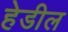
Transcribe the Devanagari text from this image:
हेडील